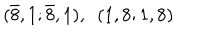
( { \bar { 8 } } , 1 ; { \bar { 8 } } , 1 ) , ~ ~ ( 1 , 8 ; 1 , 8 )